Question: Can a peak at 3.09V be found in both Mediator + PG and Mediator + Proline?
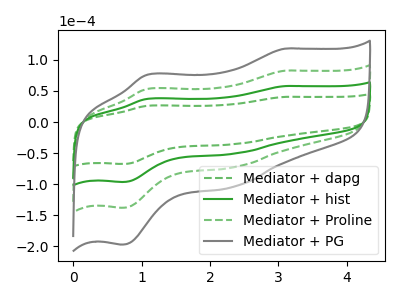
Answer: <think>The green dashed curve "Mediator + dapg" has anodic peaks at (3.10V, 40.45uA) (1.10V, 26.05uA) and cathodic peaks at (2.35V, -35.60uA) (0.70V, -67.60uA). The green curve "Mediator + hist" has anodic peaks at (3.10V, 57.80uA) (1.10V, 37.20uA) and cathodic peaks at (2.35V, -50.90uA) (0.70V, -96.60uA). The green dashed curve "Mediator + Proline" has anodic peaks at (3.10V, 115.60uA) (1.10V, 74.40uA) and cathodic peaks at (2.35V, -101.80uA) (0.70V, -193.25uA). The gray curve "Mediator + PG" has anodic peaks at (3.10V, 173.40uA) (1.10V, 111.60uA) and cathodic peaks at (2.35V, -152.75uA) (0.70V, -289.85uA).</think>
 <answer>Yes, "Mediator + PG" and "Mediator + Proline" share a peak at 3.09V.</answer>
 <eval>match</eval>